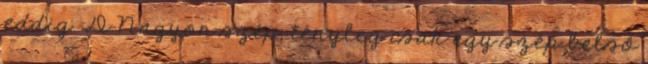
eddig :D Nagyon szép, tényleg csak egy szép belső